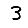
Digit: 3